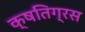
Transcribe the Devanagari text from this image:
क्षतिग्रस